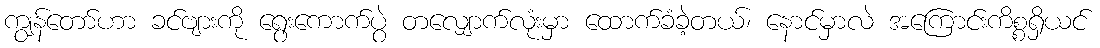
ကျွန်တော်ဟာ ခင်ဗျားကို ရွေးကောက်ပွဲ တလျှောက်လုံးမှာ ထောက်ခံခဲ့တယ်၊ နောင်မှာလဲ အကြောင်းကိစ္စရှိယင်